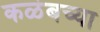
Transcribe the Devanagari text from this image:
कळंबच्या